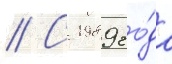
// С 1989 го́да